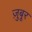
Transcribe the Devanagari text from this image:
ज़ुबूर